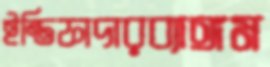
ইন্তিফাদারব্যাঙ্গম